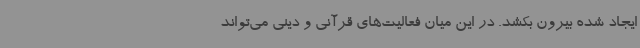
ایجاد شده بیرون بکشد. در این میان فعالیت‌های قرآنی و دینی می‌تواند